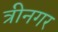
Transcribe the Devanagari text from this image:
त्रीनगर